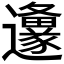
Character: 𮟦